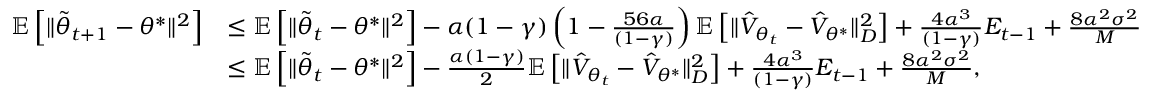
\begin{array} { r l } { \mathbb { E } \left[ \Vert \tilde { \theta } _ { t + 1 } - \theta ^ { * } \Vert ^ { 2 } \right] } & { \leq \mathbb { E } \left[ \Vert \tilde { \theta } _ { t } - \theta ^ { * } \Vert ^ { 2 } \right] - \alpha ( 1 - \gamma ) \left( 1 - \frac { 5 6 \alpha } { ( 1 - \gamma ) } \right) \mathbb { E } \left[ \Vert \hat { V } _ { { \theta } _ { t } } - \hat { V } _ { \theta ^ { * } } \Vert _ { D } ^ { 2 } \right] + \frac { 4 \alpha ^ { 3 } } { ( 1 - \gamma ) } E _ { t - 1 } + \frac { 8 \alpha ^ { 2 } \sigma ^ { 2 } } { M } } \\ & { \leq \mathbb { E } \left[ \Vert \tilde { \theta } _ { t } - \theta ^ { * } \Vert ^ { 2 } \right] - \frac { \alpha ( 1 - \gamma ) } { 2 } \mathbb { E } \left[ \Vert \hat { V } _ { { \theta } _ { t } } - \hat { V } _ { \theta ^ { * } } \Vert _ { D } ^ { 2 } \right] + \frac { 4 \alpha ^ { 3 } } { ( 1 - \gamma ) } E _ { t - 1 } + \frac { 8 \alpha ^ { 2 } \sigma ^ { 2 } } { M } , } \end{array}